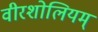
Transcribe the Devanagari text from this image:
वीरशोलियम्